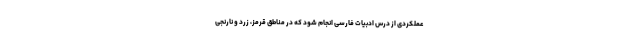
عملکردی از درس ادبیات فارسی انجام شود که در مناطق قرمز، زرد و نارنجی